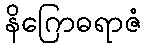
နိဂြောဓရာဇံ